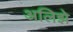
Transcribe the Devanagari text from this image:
अलिझे